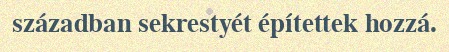
században sekrestyét építettek hozzá.